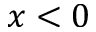
x < 0